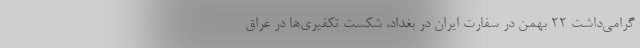
گرامی‌داشت ۲۲ بهمن در سفارت ایران در بغداد، شکست تکفیری‌ها در عراق